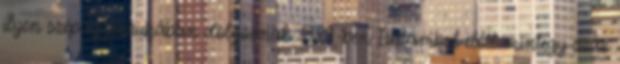
ilyen szép egyenruhában dolgoznak. 1929-ben Isztambul előtt mintegy száz